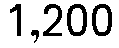
1,200